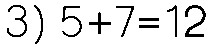
3) 5+7=12